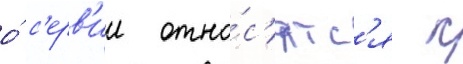
о́ с'ерв'ии отно́с'ятс'я к